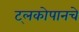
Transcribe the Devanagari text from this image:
ट्लकोपानचे